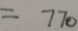
= 7 7 0